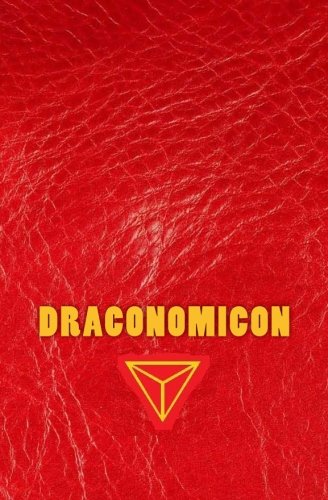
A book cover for Draconomicon: The Magick & Traditions of Dragon Kings, Druids and the Pheryllt; Joshua Free; Religion & Spirituality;